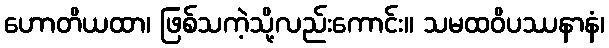
ဟောတိယထာ၊ ဖြစ်သကဲ့သို့လည်းကောင်း။ သမထဝိပဿနာနံ၊